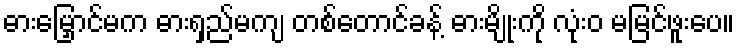
ဓားမြှောင်မက ဓားရှည်မကျ တစ်တောင်ခန့် ဓားမျိုးကို လုံးဝ မမြင်ဖူးပေ။